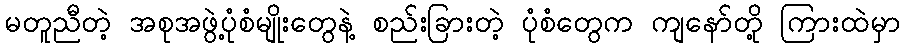
မတူညီတဲ့ အစုအဖွဲ့ပုံစံမျိုးတွေနဲ့ စည်းခြားတဲ့ ပုံစံတွေက ကျနော်တို့ ကြားထဲမှာ